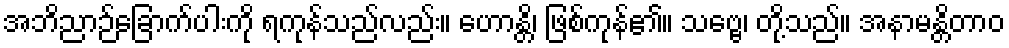
အဘိညာဉ်ခြောက်ပါးကို ရကုန်သည်လည်း။ ဟောန္တိ၊ ဖြစ်ကုန်၏။ သဗ္ဗေ၊ တို့သည်။ အနာမန္တိတာဝ